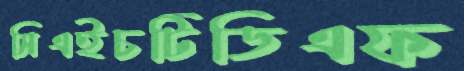
সিএইচটিডিএফ